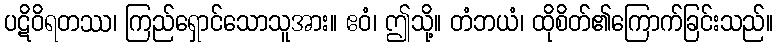
ပဋိဝိရတဿ၊ ကြည်ရှောင်သောသူအား။ ဧဝံ၊ ဤသို့။ တံဘယံ၊ ထိုစိတ်၏ကြောက်ခြင်းသည်။